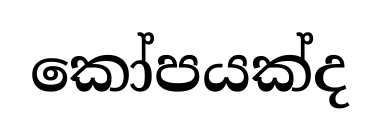
කෝපයක්ද